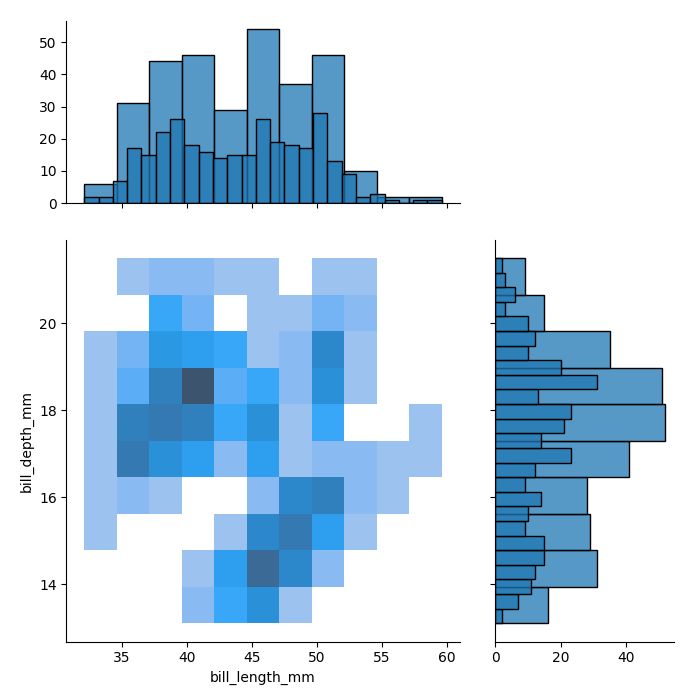
python, seaborn, jointplot, kind='hist', height='7', ratio='2', marginal_ticks='True'